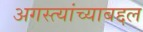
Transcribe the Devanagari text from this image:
अगस्त्यांच्याबद्दल